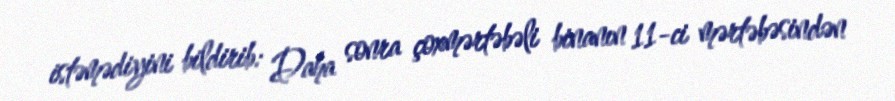
istəmədiyini bildirib: Daha sonra çoxmərtəbəli binanın 11-ci mərtəbəsindən